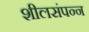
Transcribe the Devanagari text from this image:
शीलसंपन्न